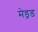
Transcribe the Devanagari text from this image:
मेड्रड